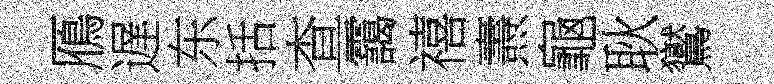
鴈遅东括查靄禧燾龜耿鸑